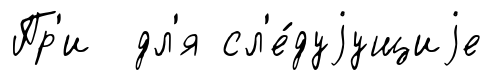
Пр'и дл'я сл'е́дуjущиjе